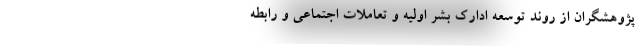
پژوهشگران از روند توسعه ادارک بشر اولیه و تعاملات اجتماعی و رابطه